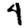
Digit: 4